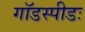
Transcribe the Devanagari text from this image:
गॉडस्पीडः